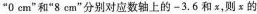
“0cm”和“8cm”分别对应数轴上的-3.6和x的